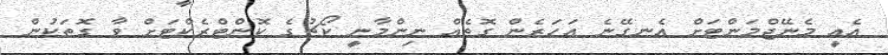
އެއީ މެނޭޖްމަންޓަށް އެނގޭނެ އަހަރެން ގޮތެއް ނިންމާނީ ކޯޗުގެ ކޮންޓްރެކްޓަށް ވާ ގޮތަކުން